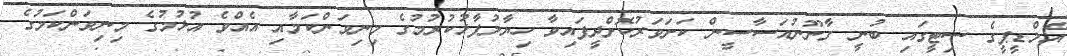
އެމްޑީޕީގެ ސިޓީގައި ބުނީ ގާނޫނުއަސާސީން ކަށަވަރުކޮށްދީފައިވާ ހިޔާލުފާޅުކުރުމުގެ މިނިވަންކަމާއި އެއްވެ އުޅުމުގެ މިނިވަންކަމުގެ